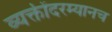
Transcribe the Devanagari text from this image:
व्यक्तींदरम्यानच